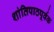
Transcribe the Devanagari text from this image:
शांतिपाठपूर्वक